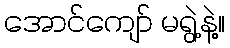
အောင်ကျော် မရွဲ့နဲ့။